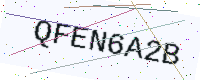
Text: QFEN6A2B